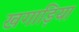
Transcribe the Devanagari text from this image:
खगाड़िया